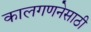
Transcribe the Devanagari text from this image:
कालगणनेसाठी